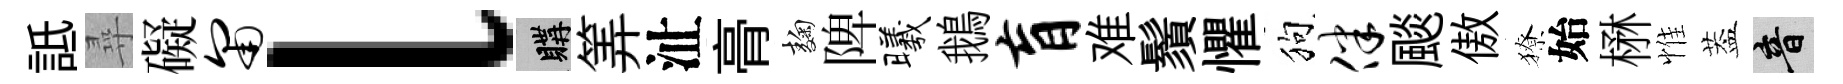
詆尋礙匍l購筭沚𮌔麹陴曦鵝肓难鬚懼狗伴颷傲獠始楙惟葢音